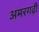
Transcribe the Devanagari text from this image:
अमरगढ़ी